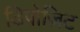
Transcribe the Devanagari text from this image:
डिपोज़िट